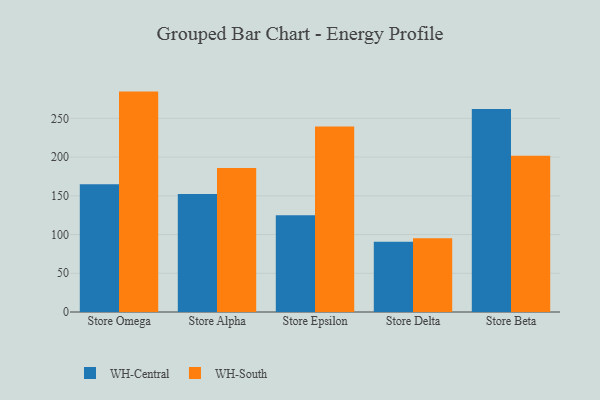
{"axis": {"x": "Store", "y": "Backlog"}, "legend": ["WH-Central", "WH-South"], "data": [{"x": "Store Omega", "y": 164.9, "type": "WH-Central"}, {"x": "Store Omega", "y": 284.5, "type": "WH-South"}, {"x": "Store Alpha", "y": 152.2, "type": "WH-Central"}, {"x": "Store Alpha", "y": 185.8, "type": "WH-South"}, {"x": "Store Epsilon", "y": 124.8, "type": "WH-Central"}, {"x": "Store Epsilon", "y": 239.4, "type": "WH-South"}, {"x": "Store Delta", "y": 90.6, "type": "WH-Central"}, {"x": "Store Delta", "y": 95.3, "type": "WH-South"}, {"x": "Store Beta", "y": 262.1, "type": "WH-Central"}, {"x": "Store Beta", "y": 201.7, "type": "WH-South"}]}